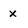
Character: x